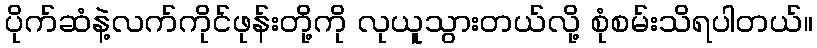
ပိုက်ဆံနဲ့လက်ကိုင်ဖုန်းတို့ကို လုယူသွားတယ်လို့ စုံစမ်းသိရပါတယ်။